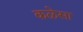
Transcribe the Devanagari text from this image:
कळेसा